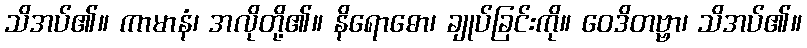
သိအပ်၏။ ကာမာနံ၊ အလိုတို့၏။ နိရောဓော၊ ချုပ်ခြင်းကို။ ဝေဒိတဗ္ဗာ၊ သိအပ်၏။